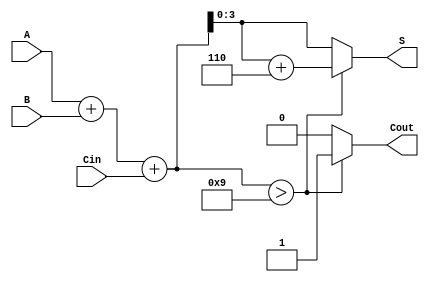
module BCD_Adder (
    input [3:0] A,     // First BCD digit
    input [3:0] B,     // Second BCD digit
    input Cin,         // Carry-in
    output reg [3:0] S, // Sum in BCD format
    output reg Cout     // Carry-out
);

    wire [4:0] Sum;    // 5-bit sum to accommodate carry
    wire [4:0] CorrectedSum; // Sum after correction
    wire is_invalid;    // Flag to indicate if the sum is invalid BCD

    // Step 1: Perform binary addition
    assign Sum = A + B + Cin;

    // Step 2: Check if the sum is a valid BCD digit (0-9)
    assign is_invalid = (Sum > 9);

    // Step 3: Apply correction if necessary
    assign CorrectedSum = is_invalid ? (Sum + 5'd6) : Sum;

    // Step 4: Assign outputs
    always @(*) begin
        if (is_invalid) begin
            S = CorrectedSum[3:0]; // Take the lower 4 bits for the BCD result
            Cout = 1;               // Set carry-out
        end else begin
            S = Sum[3:0];           // No correction needed
            Cout = 0;               // No carry-out
        end
    end

endmodule